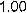
1.00